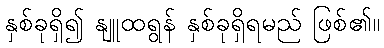
နှစ်ခုရှိ၍ နျူထရွန် နှစ်ခုရှိရမည် ဖြစ်၏။